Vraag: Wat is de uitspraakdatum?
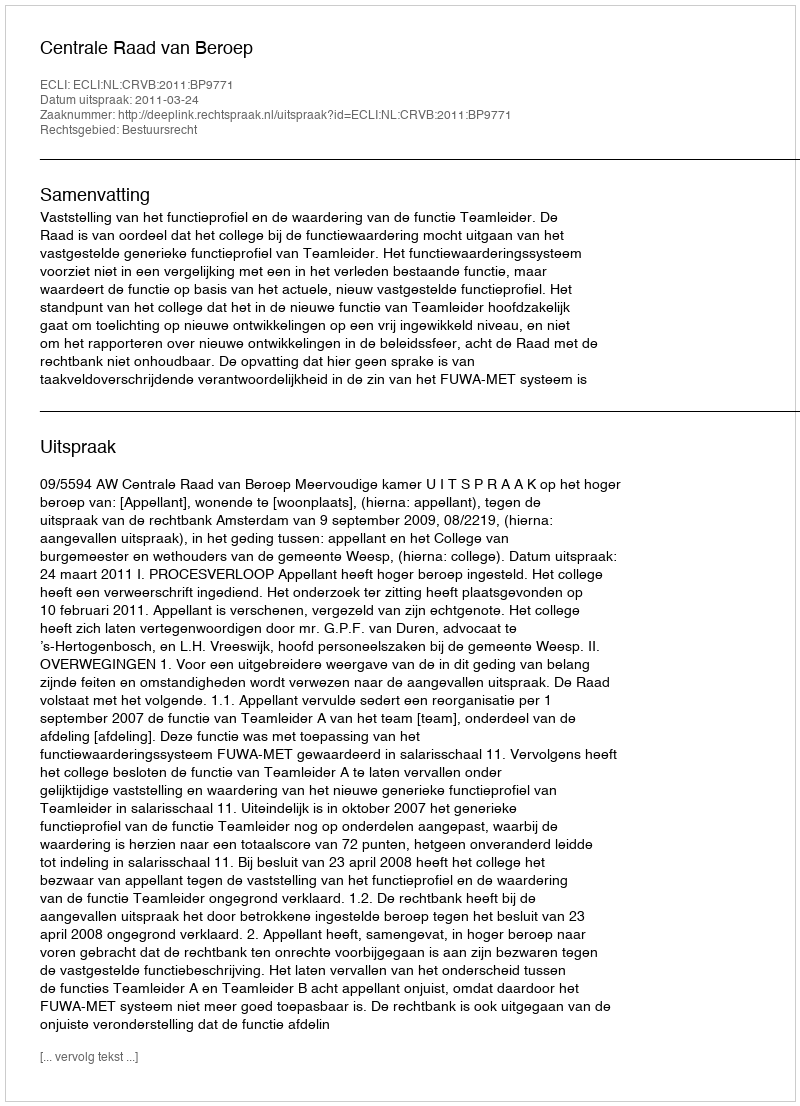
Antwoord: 2011-03-24